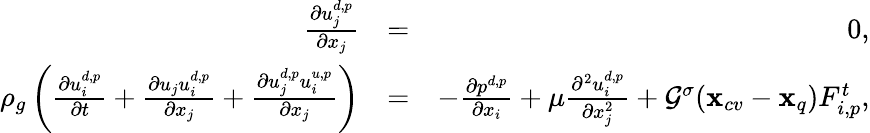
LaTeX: \begin{array}{rlr}{\frac{\partial u_{j}^{d,p}}{\partial x_{j}}}&{=}&{0,}\\ {\rho_{g}\left(\frac{\partial u_{i}^{d,p}}{\partial t}+\frac{\partial u_{j}u_{i}^{d,p}}{\partial x_{j}}+\frac{\partial u_{j}^{d,p}u_{i}^{u,p}}{\partial x_{j}}\right)}&{=}&{-\frac{\partial p^{d,p}}{\partial x_{i}}+{\mu}\frac{\partial^{2}{u_{i}^{d,p}}}{\partial x_{j}^{2}}+{\mathcal G}^{\sigma}(\mathbf{x}_{cv}-\mathbf{x}_{q})F_{i,p}^{t},}\end{array}